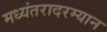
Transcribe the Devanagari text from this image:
मध्यंतरादरम्यान